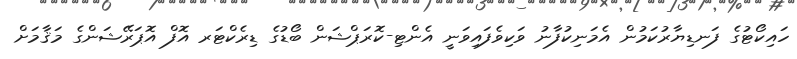
ހައިކޯޓުގެ ފަނޑިޔާރުކަމުން އެމަނިކުފާނު ވަކިވެފައިވަނީ އެންޓި-ކޮރަޕްޝަން ބޯޑުގެ ޑިރެކްޓަރ އޮފް އޮޕަރޭޝަންގެ މަޤާމަށް